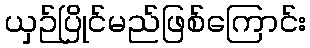
ယှဉ်ပြိုင်မည်ဖြစ်ကြောင်း